Civil Veterinary Department ledger series I-VI
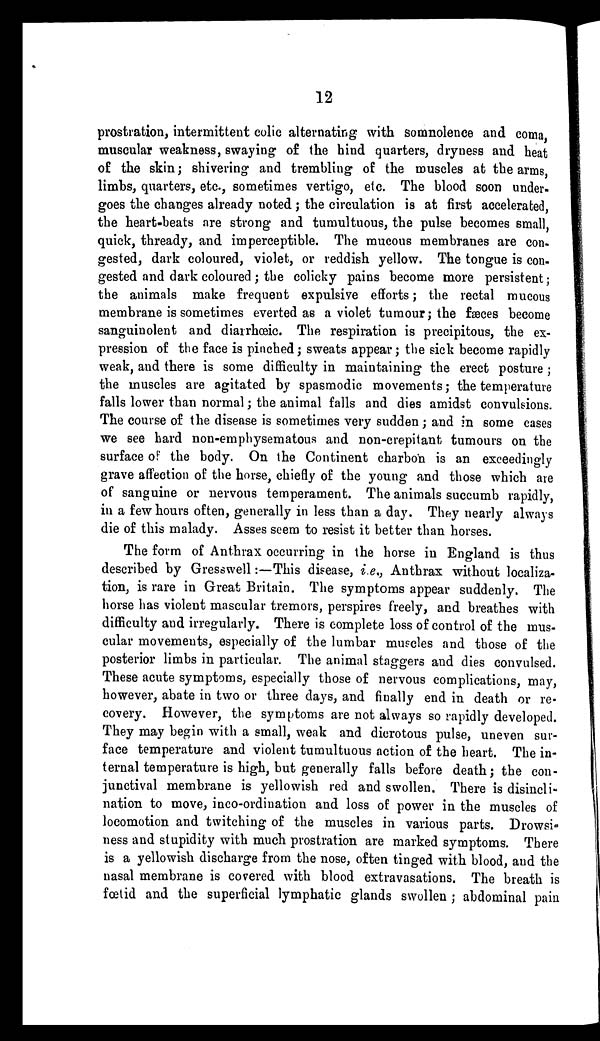
12
prostration, intermittent colic alternating with somnolence and coma,
muscular weakness, swaying of the hind quarters, dryness and heat
of the skin; shivering and trembling of the muscles at the arms,
limbs, quarters, etc., sometimes vertigo, etc. The blood soon under-
goes the changes already noted; the circulation is at first accelerated,
the heart-beats are strong and tumultuous, the pulse becomes small,
quick, thready, and imperceptible. The mucous membranes are con.
gested, dark coloured, violet, or reddish yellow. The tongue is con-
gested and dark coloured; the colicky pains become more persistent;
the animals make frequent expulsive efforts; the rectal mucous
membrane is sometimes everted as a violet tumour; the fæces become
sanguinolent and diarrhœic. The respiration is precipitous, the ex-
pression of the face is pinched; sweats appear; the sick become rapidly
weak, and there is some difficulty in maintaining the erect posture;
the muscles are agitated by spasmodic movements; the temperature
falls lower than normal; the animal falls and dies amidst convulsions.
The course of the disease is sometimes very sudden; and in some cases
we see hard non-emphysematous and non-crepitant tumours on the
surface of the body. On the Continent charbon is an exceedingly
grave affection of the horse, chiefly of the young and those which are
of sanguine or nervous temperament. The animals succumb rapidly,
in a few hours often, generally in less than a day. They nearly always
die of this malady. Asses seem to resist it better than horses.
The form of Anthrax occurring in the horse in England is thus
described by Gresswell:—This disease, i.e., Anthrax without localiza-
tion, is rare in Great Britain. The symptoms appear suddenly. The
horse has violent mascular tremors, perspires freely, and breathes with
difficulty and irregularly. There is complete loss of control of the mus-
cular movements, especially of the lumbar muscles and those of the
posterior limbs in particular. The animal staggers and dies convulsed.
These acute symptoms, especially those of nervous complications, may,
however, abate in two or three days, and finally end in death or re-
covery. However, the symptoms are not always so rapidly developed.
They may begin with a small, weak and dierotous pulse, uneven sur-
face temperature and violent tumultuous action of the heart. The in-
ternal temperature is high, but generally falls before death; the con-
junctival membrane is yellowish red and swollen. There is disincli-
nation to move, inco-ordination and loss of power in the muscles of
locomotion and twitching of the muscles in various parts. Drowsi-
ness and stupidity with much prostration are marked symptoms. There
is a yellowish discharge from the nose, often tinged with blood, and the
nasal membrane is covered with blood extravasations. The breath is
fœtid and the superficial lymphatic glands swollen; abdominal pain